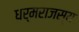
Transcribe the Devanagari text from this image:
धर्मराजस्य